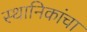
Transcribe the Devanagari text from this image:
स्थानिकांचा